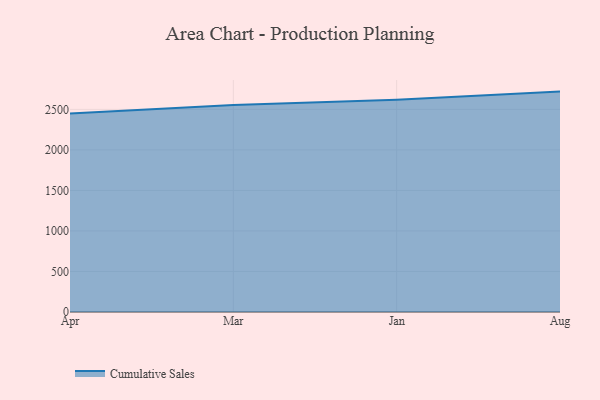
{"axis": {"x": "Month", "y": "Energy Usage (MWh)"}, "legend": ["Cumulative Sales"], "data": [{"x": "Apr", "y": 2450.2, "type": "Cumulative Sales"}, {"x": "Mar", "y": 2554.1, "type": "Cumulative Sales"}, {"x": "Jan", "y": 2620.1, "type": "Cumulative Sales"}, {"x": "Aug", "y": 2719.3, "type": "Cumulative Sales"}]}